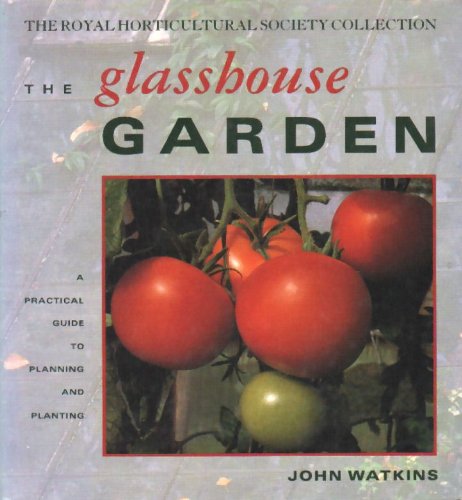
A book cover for Glasshouse Garden a Practical Guide to Plan (Royal Horticultural Society Collection); John Watkins; Crafts, Hobbies & Home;